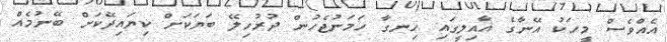
އެއްވެސް މީހަކު އޭނާގެ އާއިލީގައި ހިނގާ ހަމަނުޖެހުން ދުރުހިލޭ ބަޔަކަށް ކިޔައިދޭކަށް ބޭނުމެއް